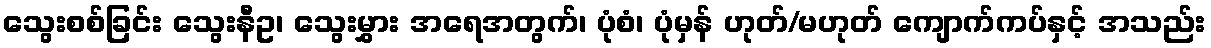
သွေးစစ်ခြင်း သွေးနီဥ၊ သွေးမွှား အရေအတွက်၊ ပုံစံ၊ ပုံမှန် ဟုတ်/မဟုတ် ကျောက်ကပ်နှင့် အသည်း